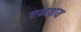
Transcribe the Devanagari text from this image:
एनवाय